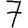
Digit: 7